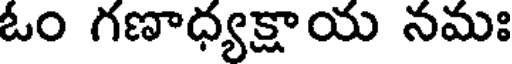
ఓం గణాధ్యక్షాయ నమః